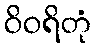
ဝိဝရိတုံ